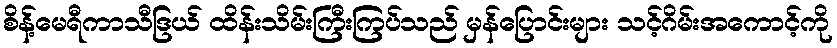
စိန့်မေရီကာသီဒြယ် ထိန်းသိမ်းကြီးကြပ်သည် မှန်ပြောင်းများ သင့်ဂိမ်းအကောင့်ကို